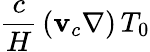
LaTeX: \frac{c}{H}\, (\mathbf{v}_{c}\nabla)\, T_{0}